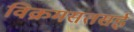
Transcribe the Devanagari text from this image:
विक्रमसतसई